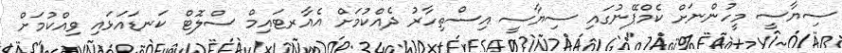
ސިޔާސީ މީހުންނަށް ކެމްޕޭނުގައި ސިޔާސީ އިސްތިހާރު ދެއްކުމަށް އެއާރޓައިމް ސްލޮޓް ކަނޑައަޅައި ވިއްކުމަށް